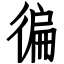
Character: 徧